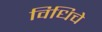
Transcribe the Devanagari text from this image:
विधिचे